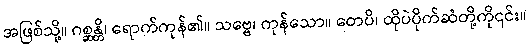
အဖြစ်သို့။ ဂစ္ဆန္တိ၊ ရောက်ကုန်၏။ သဗ္ဗေ၊ ကုန်သော။ တေပိ၊ ထိုပဲပိုက်ဆံတို့ကို၎င်း။